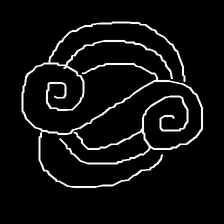
Glyph: wind-underfoot